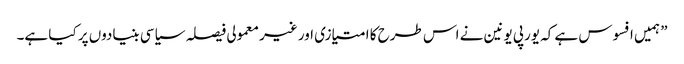
” ہمیں افسوس ہے کہ یورپی یونین نے اس طرح کا امتیازی اور غیر معمولی فیصلہ سیاسی بنیادوں پر کیا ہے۔